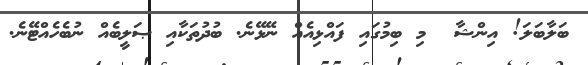
ބަލާބަލަ! އިންޝާ  މި ބިމުގައި ފައްޅިއެއް ނޭޅޭނެ. ބުދުތަކާއި ޞަލީބެއް ނުބެހެއްޓޭނެ.